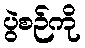
ပွဲစဉ်ကို